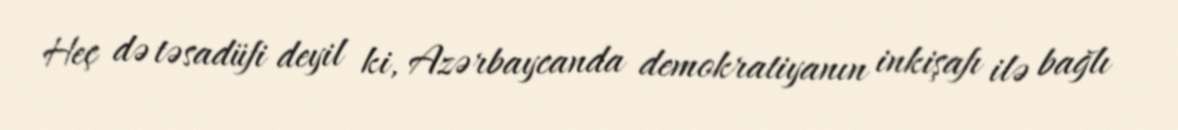
Heç də təsadüfi deyil ki, Azərbaycanda demokratiyanın inkişafı ilə bağlı